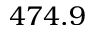
4 7 4 . 9